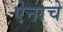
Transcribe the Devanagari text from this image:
ऐनाचे